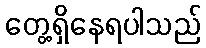
တွေ့ရှိနေရပါသည်